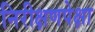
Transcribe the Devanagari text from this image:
निरीक्षणपेक्षा